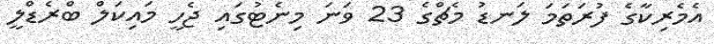
އެމެރިކާގެ ފުރަތަމަ ލަނޑު މެޗްގެ 23 ވަނަ މިނެޓުގައި ޖެހީ މައިކަލް ބްރެޑްލީ